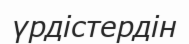
үрдістердін